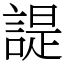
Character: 諟